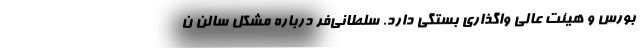
بورس و هیئت عالی واگذاری بستگی دارد. سلطانی‌فر درباره مشکل سالن ن